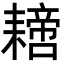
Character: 𦔝